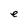
Character: e